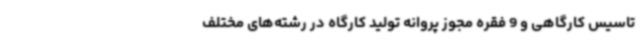
تاسیس کارگاهی و 9 فقره مجوز پروانه تولید کارگاه در رشته‌های مختلف